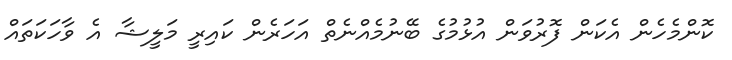
ކޮންމެހެން އެކަން ފޮރުވަން އުޅުމުގެ ބޭނުމެއްނެތް އަހަރެން ކައިރީ މަލީޝާ އެ ވާހަކަތައް